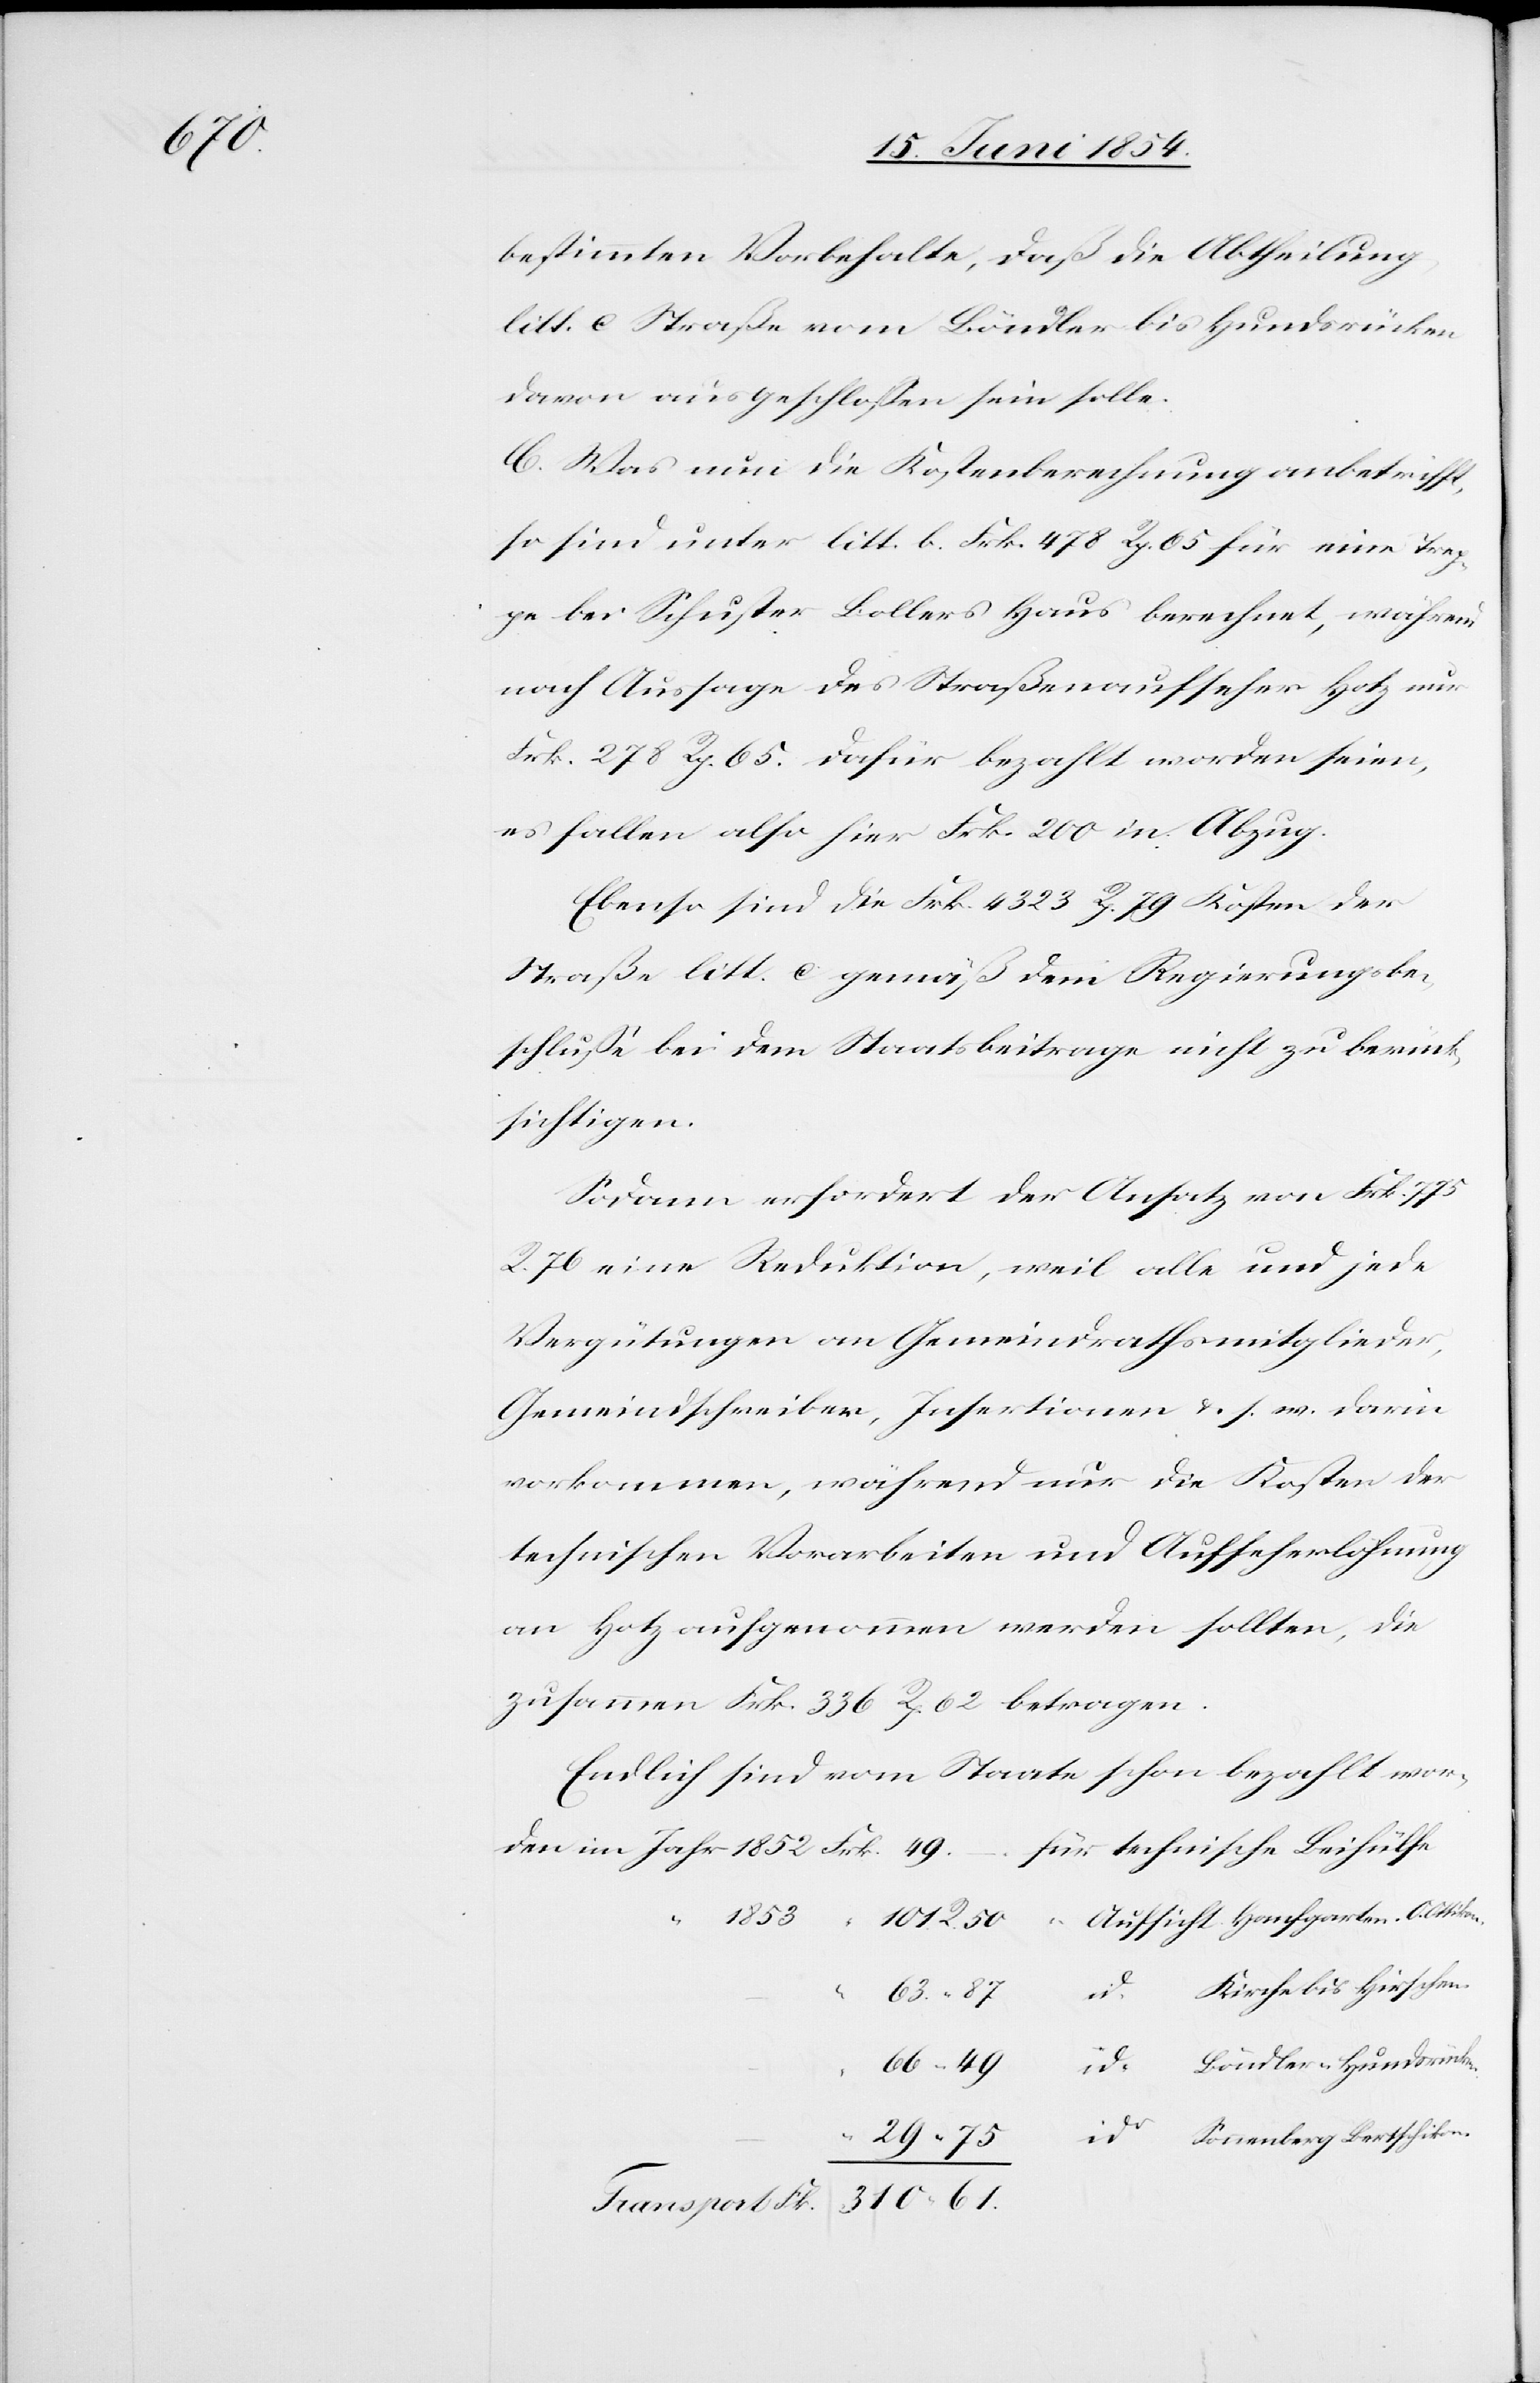
61.

bestimmten Vorbehalten, daß die Abtheilung
litt. c Straße vom Böndler bis Hundsrücken
davon ausgeschloßen sein solle.
C. Was nun die Kostenberechnung anbetrifft,
so sind unter litt. b. Frk. 478 Rp. 65 für eine Trep¬
pe bei Schuster Bollers Haus berechnet, während
nach Aussage des Straßenaufseher Hotz nur
Frk. 278 Rp. 65. dafür bezahlt worden seien,
es fallen also hier Frk. 200 in Abzug.
Ebenso sind die Frk. 4323 Rp. 79 Kosten der
Straße litt. c gemäß dem Regierungsbe¬
schluße bei dem Staatsbeitrage nicht zu berück¬
sichtigen.
Sodann erfordert der Ansatz von Frk. 775
R. 76 eine Reduktion, weil alle und jede
Vergütungen an Gemeindrathsmitglieder,
Gemeindschreiber, Insertionen u. s. w. darin
vorkommen, während nur die Kosten der
technischen Vorarbeiten und Aufseherlöhnung
an Hotz aufgenommen werden sollten, die
zusammen Frk. 336 Rp. 62 betragen.
Endlich sind vom Staate schon bezahlt wor¬
Kirche bis Hirschen
66.
Sonnenberg Bertschikon.
29.